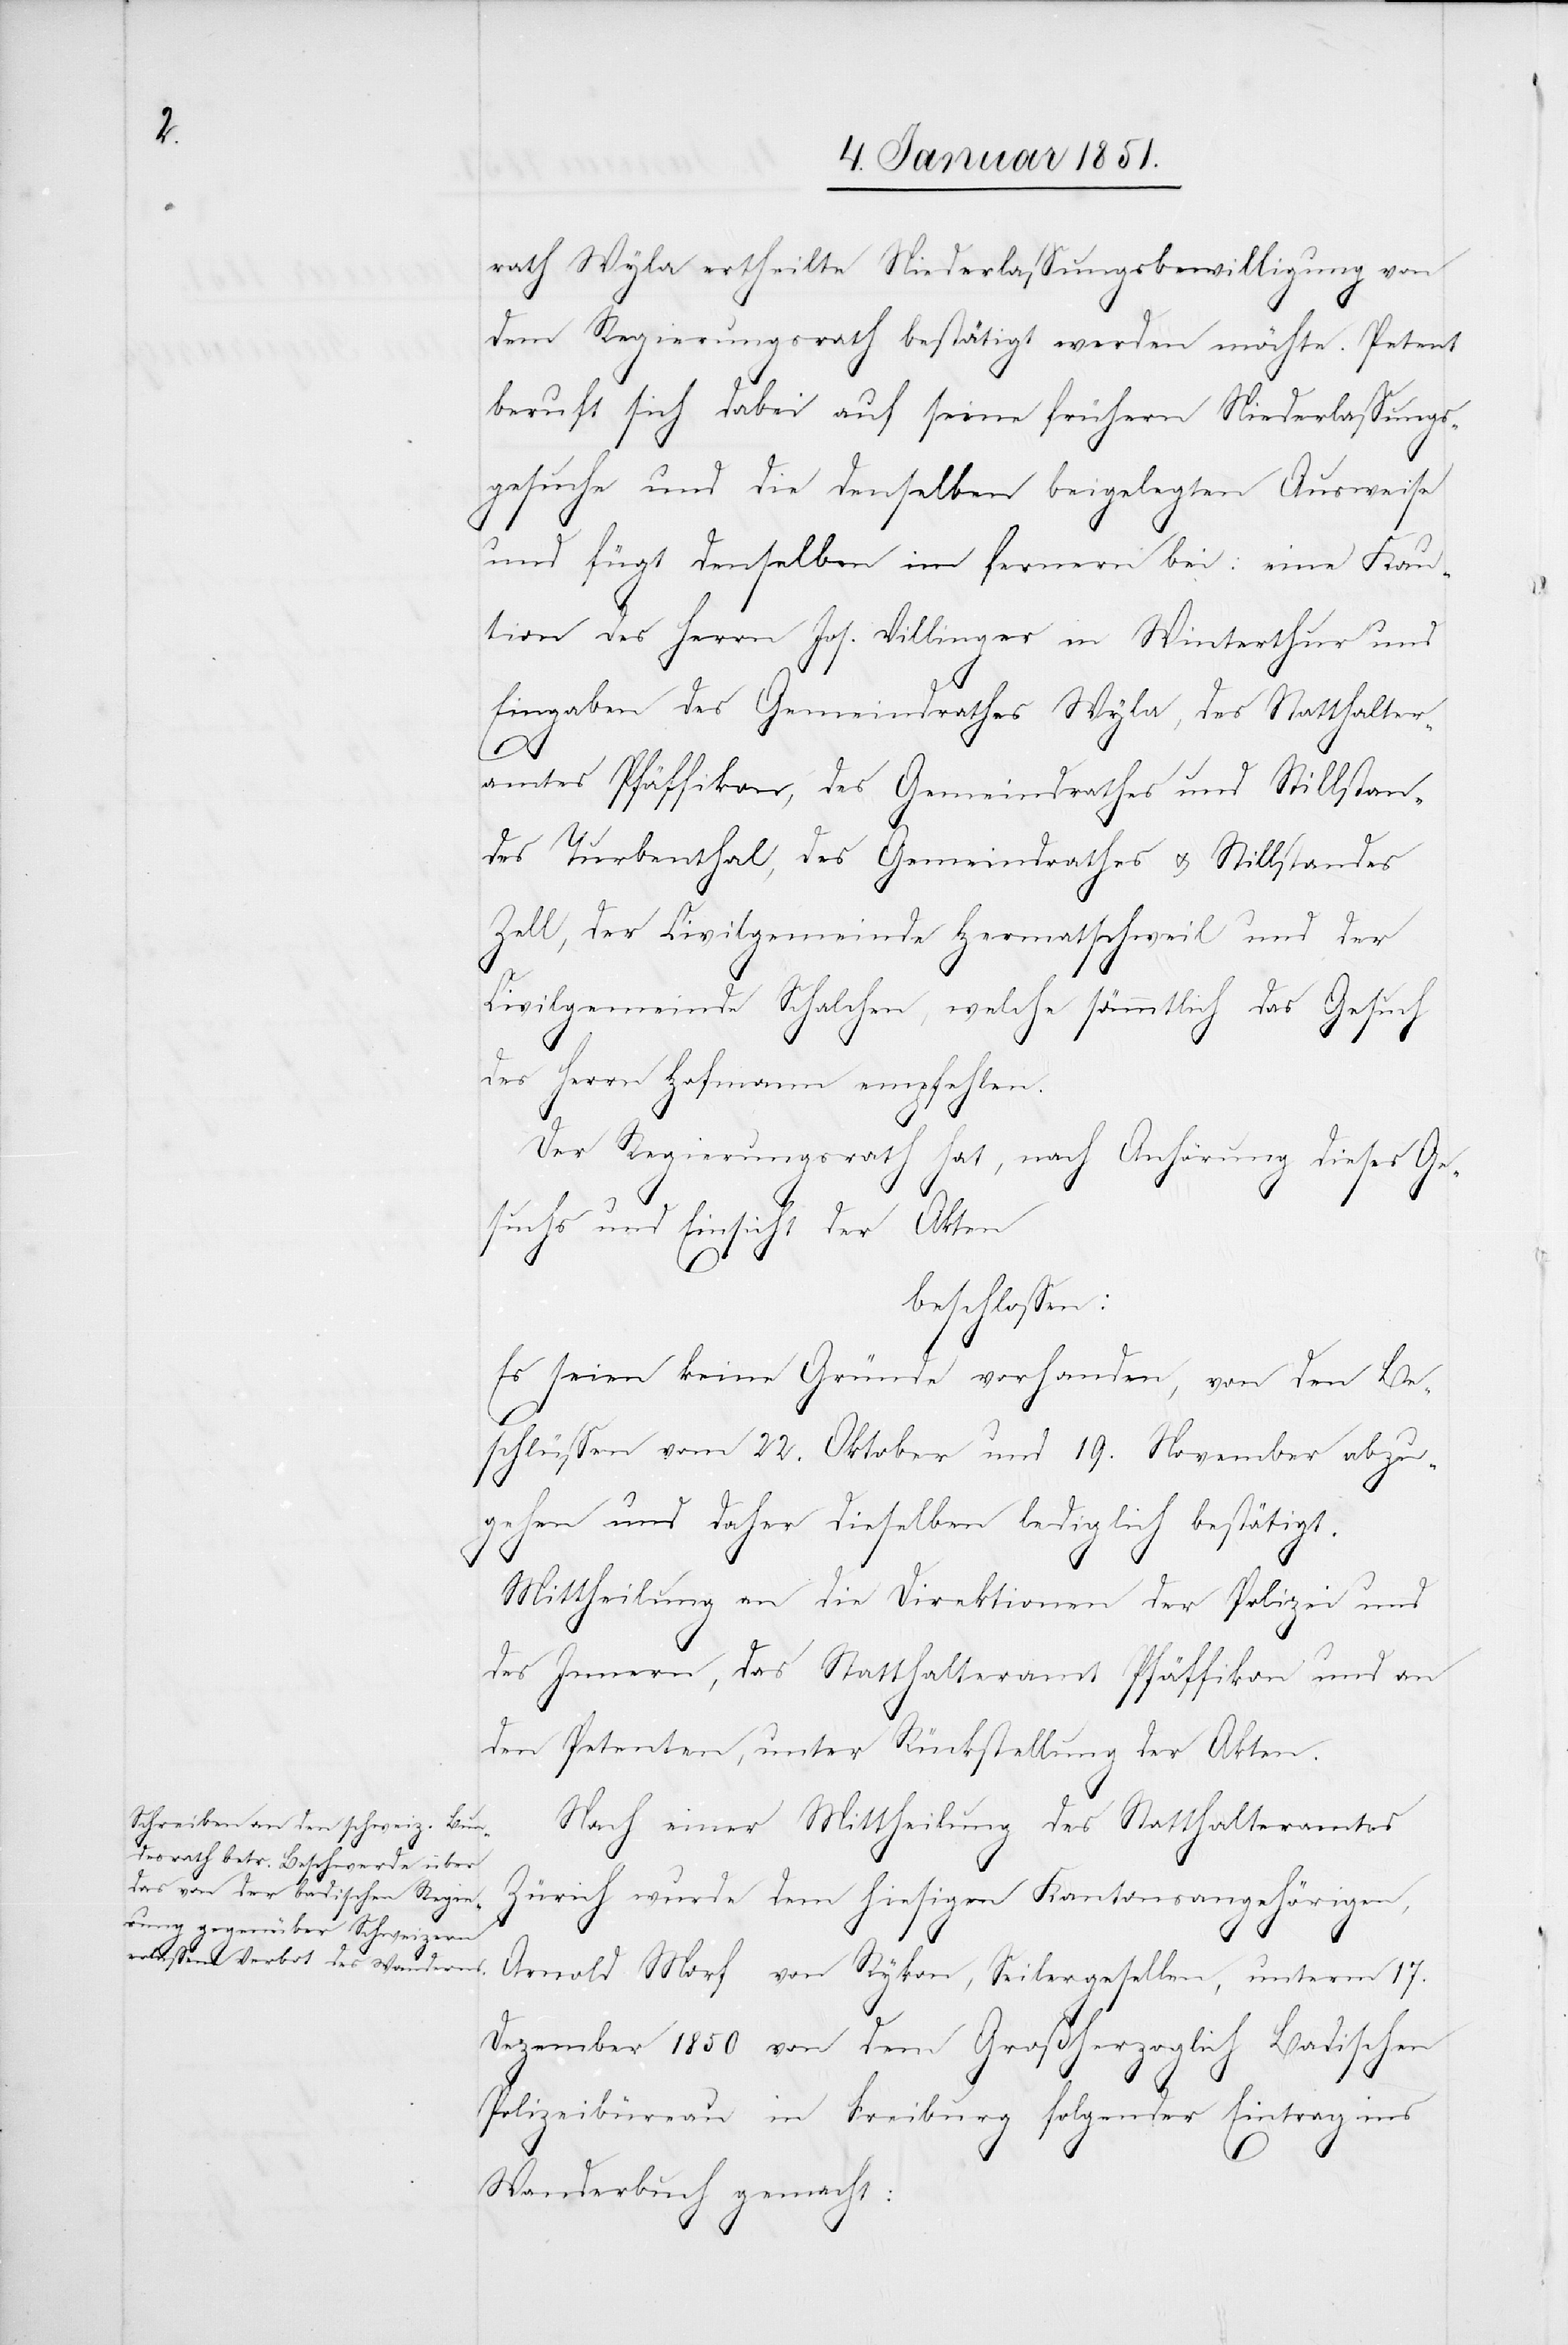
rath Wyla ertheilte Niederlassungsbewilligung von
dem Regierungsrath bestätigt werden möchte. Petent
beruft sich dabei auf seine frühern Niederlassungs¬
gesuche und die denselben beigelegten Ausweise
und fügt denselben im fernern bei: eine Kau¬
tion des Herrn Jos. Villinger in Winterthur und
Eingaben des Gemeindrathes Wyla, des Statthalter¬
amtes Pfäffikon, des Gemeindrathes und Stillstan¬
des Turbenthal, des Gemeindrathes u. Stillstandes
Zell, der Civilgemeinde Hermatschweil und der
Civilgemeinde Schalchen, welche sämmtlich das Gesuch
des Herrn Hofmann empfehlen.
Der Regierungsrath hat nach Anhörung dieses Ge¬
suchs und Einsicht der Akten
beschlossen:
Es seien keine Gründe vorhanden, von den Be¬
schlüssen vom 22. Oktober und 19. November abzu¬
gehen und daher dieselben lediglich bestätigt.
Mittheilung an die Direktionen der Polizei und
des Innern, das Statthalteramt Pfäffikon und an
den Petenten, unter Rückstellung der Akten.
Nach einer Mittheilung des Statthalteramtes
Zürich wurde dem hiesigen Kantonsangehörigen,
Arnold Morf von Rykon, Seilergesellen, unterm 17.
Dezember 1850 von dem Großherzoglich Badischen
Polizeibüreau in Freiburg folgender Eintrag ins
Wanderbuch gemacht: